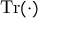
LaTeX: \operatorname { T r } ( \cdot )